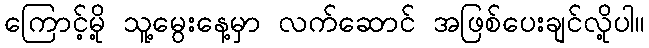
ကြောင့်မို့ သူ့မွေးနေ့မှာ လက်ဆောင် အဖြစ်ပေးချင်လို့ပါ။